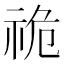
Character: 祪